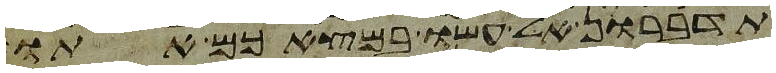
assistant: תדברון אל עשו במצאכם אתו